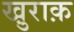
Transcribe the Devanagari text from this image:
खु़राक़